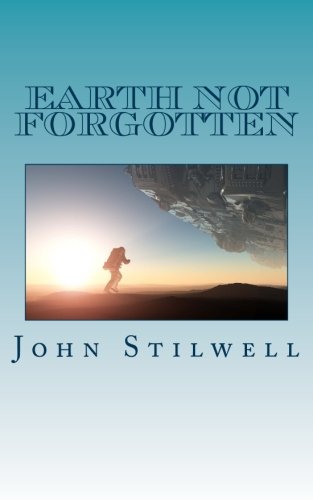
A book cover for Earth not Forgotten (Adrift on a Sea of Stars) (Volume 2); John Stilwell; Science Fiction & Fantasy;